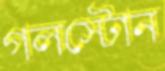
গলস্টোন